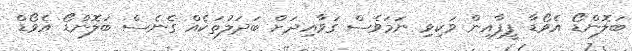
ބަލޮންޑޯ އެވޯޑާ ފީފާއިން ވަކިވި ނަމަވެސް ގަވާއިދަށް ބަދަލުތަކެއް ގެނެސް ބަލޮންޑޯ އެވޯޑް